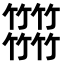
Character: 𥷹